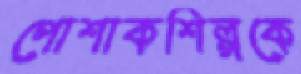
পোশাকশিল্পকে